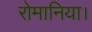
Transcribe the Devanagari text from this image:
रोमानिया।